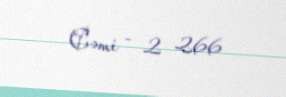
Cəmi - 2 266